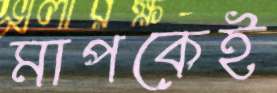
মাপকেই